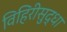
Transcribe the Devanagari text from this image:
विहिरीसुद्धा